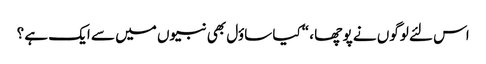
اس لئے لوگوں نے پو چھا ، “کیا ساؤل بھی نبیوں میں سے ایک ہے ؟